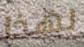
لهذا